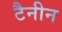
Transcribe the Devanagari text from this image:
टैनीन